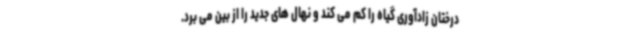
درختان زادآوری گیاه را کم می کند و نهال های جدید را از بین می برد.